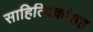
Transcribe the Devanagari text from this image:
साहित्यिकांसह